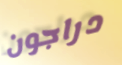
دراجون